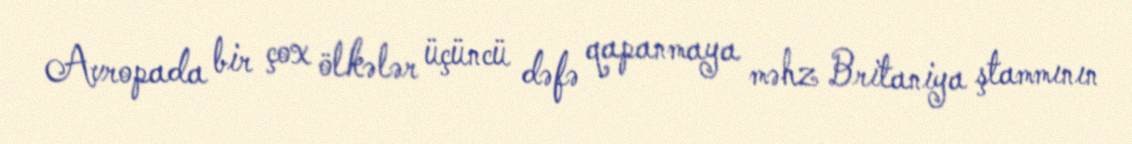
Avropada bir çox ölkələr üçüncü dəfə qapanmaya məhz Britaniya ştammının